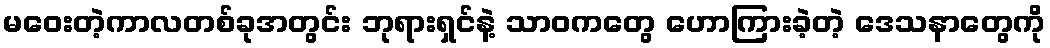
မဝေးတဲ့ကာလတစ်ခုအတွင်း ဘုရားရှင်နဲ့ သာဝကတွေ ဟောကြားခဲ့တဲ့ ဒေသနာတွေကို